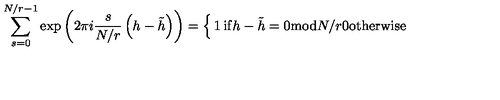
\sum _ { s = 0 } ^ { N / r - 1 } \exp \left( 2 \pi i \frac { s } { N / r } \left( h - \tilde { h } \right) \right) = \left\{ \begin{matrix} { 1 } & { \mathrm { i f } h - \tilde { h } = 0 \mathrm { m o d } N / r } \\ { 0 } & { \mathrm { o t h e r w i s e } } \\ \end{matrix} \right.